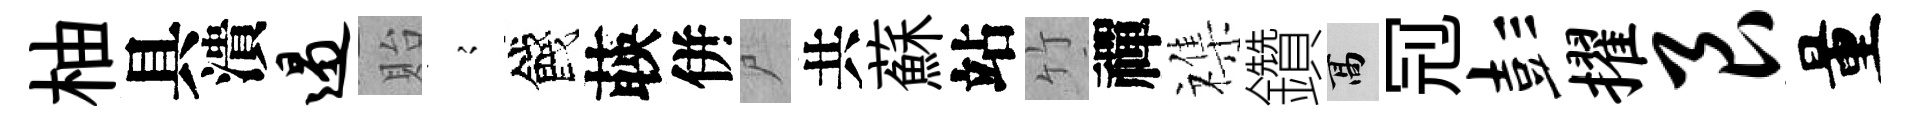
柚具潰遏貽𡪹餞𦴤併尸共蘇站竹禪襍鑽高𠜍彭擢艮量